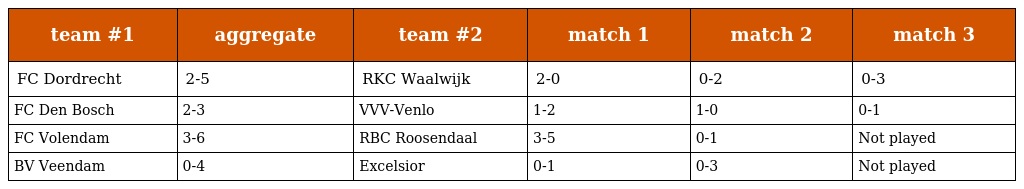
| team #1 | aggregate | team #2 | match 1 | match 2 | match 3 |
 | --- | --- | --- | --- | --- | --- |
 | FC Dordrecht | 2-5 | RKC Waalwijk | 2-0 | 0-2 | 0-3 |
 | FC Den Bosch | 2-3 | VVV-Venlo | 1-2 | 1-0 | 0-1 |
 | FC Volendam | 3-6 | RBC Roosendaal | 3-5 | 0-1 | Not played |
 | BV Veendam | 0-4 | Excelsior | 0-1 | 0-3 | Not played |